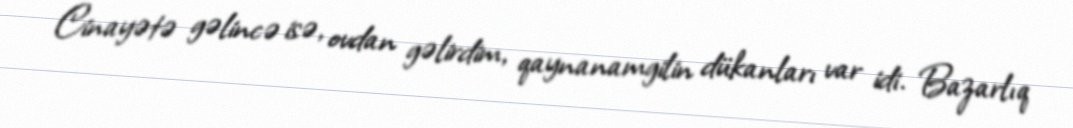
Cinayətə gəlincə isə, ovdan gəlirdim, qaynanamgilin dükanları var idi. Bazarlıq